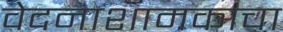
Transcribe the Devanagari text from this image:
वेदनाशामकाचा